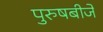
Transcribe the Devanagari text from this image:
पुरुषबीजे